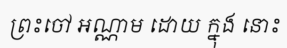
ព្រះចៅ អណ្ណាម ដោយ ក្នុង នោះ